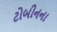
ટોબીનના